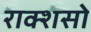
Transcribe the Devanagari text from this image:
राक्शसो